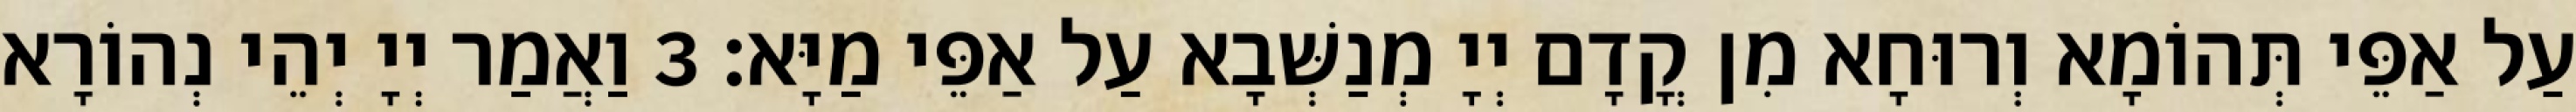
עַל אַפֵּי תְּהוֹמָא וְרוּחָא מִן קֳדָם יְיָ מְנַשְּׁבָא עַל אַפֵּי מַיָּא׃ 3 וַאֲמַר יְיָ יְהֵי נְהוֹרָא